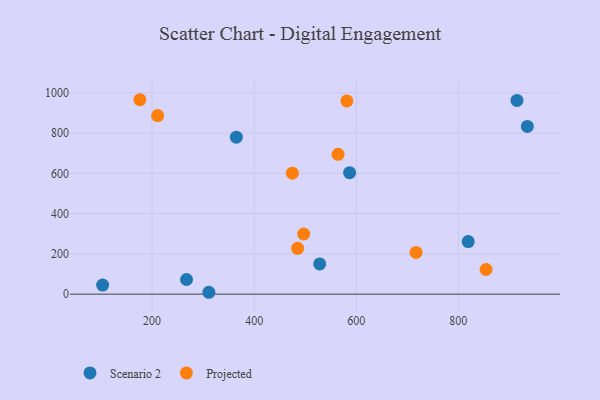
{"axis": {"x": "Investment", "y": "Demand"}, "legend": ["Projected", "Scenario 2"], "data": [{"x": "267.5", "y": 72.8, "type": "Scenario 2"}, {"x": "914.9", "y": 962.2, "type": "Scenario 2"}, {"x": "819.4", "y": 261.0, "type": "Scenario 2"}, {"x": "528.4", "y": 150.0, "type": "Scenario 2"}, {"x": "587.0", "y": 603.1, "type": "Scenario 2"}, {"x": "365.1", "y": 779.6, "type": "Scenario 2"}, {"x": "103.1", "y": 45.2, "type": "Scenario 2"}, {"x": "935.3", "y": 833.1, "type": "Scenario 2"}, {"x": "311.2", "y": 9.3, "type": "Scenario 2"}, {"x": "564.4", "y": 694.5, "type": "Projected"}, {"x": "717.2", "y": 207.0, "type": "Projected"}, {"x": "485.1", "y": 227.4, "type": "Projected"}, {"x": "176.1", "y": 965.5, "type": "Projected"}, {"x": "497.1", "y": 298.8, "type": "Projected"}, {"x": "210.9", "y": 886.9, "type": "Projected"}, {"x": "581.6", "y": 959.6, "type": "Projected"}, {"x": "474.8", "y": 600.7, "type": "Projected"}, {"x": "854.4", "y": 122.5, "type": "Projected"}]}